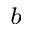
_ { b }